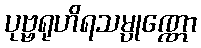
ပုဗ္ဗရုဟိရသမ္ပုဏ္ဏော